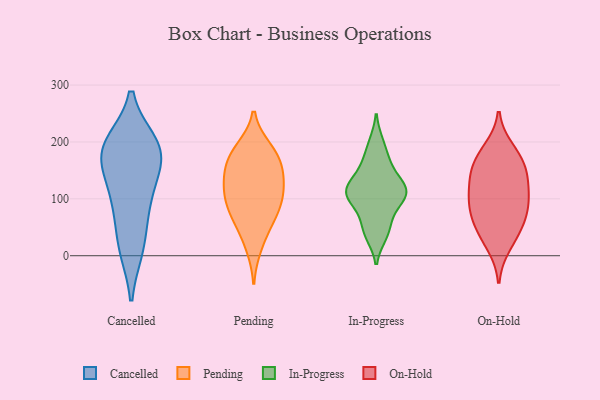
{"axis": {"x": "Active Users", "y": "Value"}, "legend": ["Cancelled", "In-Progress", "On-Hold", "Pending"], "data": [{"x": "", "y": 126, "type": "Cancelled"}, {"x": "", "y": 171, "type": "Cancelled"}, {"x": "", "y": 13, "type": "Cancelled"}, {"x": "", "y": 182, "type": "Cancelled"}, {"x": "", "y": 197, "type": "Cancelled"}, {"x": "", "y": 195, "type": "Cancelled"}, {"x": "", "y": 152, "type": "Cancelled"}, {"x": "", "y": 83, "type": "Cancelled"}, {"x": "", "y": 15, "type": "Cancelled"}, {"x": "", "y": 194, "type": "Cancelled"}, {"x": "", "y": 86, "type": "Cancelled"}, {"x": "", "y": 99, "type": "Pending"}, {"x": "", "y": 142, "type": "Pending"}, {"x": "", "y": 16, "type": "Pending"}, {"x": "", "y": 142, "type": "Pending"}, {"x": "", "y": 97, "type": "Pending"}, {"x": "", "y": 71, "type": "Pending"}, {"x": "", "y": 116, "type": "Pending"}, {"x": "", "y": 188, "type": "Pending"}, {"x": "", "y": 51, "type": "Pending"}, {"x": "", "y": 182, "type": "Pending"}, {"x": "", "y": 123, "type": "Pending"}, {"x": "", "y": 177, "type": "Pending"}, {"x": "", "y": 162, "type": "Pending"}, {"x": "", "y": 76, "type": "Pending"}, {"x": "", "y": 167, "type": "In-Progress"}, {"x": "", "y": 117, "type": "In-Progress"}, {"x": "", "y": 102, "type": "In-Progress"}, {"x": "", "y": 198, "type": "In-Progress"}, {"x": "", "y": 123, "type": "In-Progress"}, {"x": "", "y": 113, "type": "In-Progress"}, {"x": "", "y": 98, "type": "In-Progress"}, {"x": "", "y": 71, "type": "In-Progress"}, {"x": "", "y": 45, "type": "In-Progress"}, {"x": "", "y": 152, "type": "In-Progress"}, {"x": "", "y": 116, "type": "In-Progress"}, {"x": "", "y": 36, "type": "In-Progress"}, {"x": "", "y": 86, "type": "On-Hold"}, {"x": "", "y": 63, "type": "On-Hold"}, {"x": "", "y": 95, "type": "On-Hold"}, {"x": "", "y": 51, "type": "On-Hold"}, {"x": "", "y": 132, "type": "On-Hold"}, {"x": "", "y": 40, "type": "On-Hold"}, {"x": "", "y": 18, "type": "On-Hold"}, {"x": "", "y": 187, "type": "On-Hold"}, {"x": "", "y": 108, "type": "On-Hold"}, {"x": "", "y": 174, "type": "On-Hold"}, {"x": "", "y": 166, "type": "On-Hold"}, {"x": "", "y": 91, "type": "On-Hold"}, {"x": "", "y": 144, "type": "On-Hold"}, {"x": "", "y": 142, "type": "On-Hold"}]}